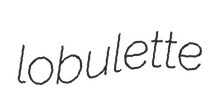
lobulette